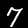
Digit: 7